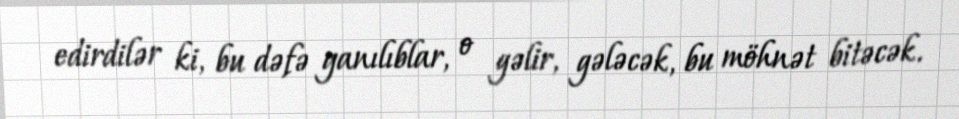
edirdilər ki, bu dəfə yanılıblar, o gəlir, gələcək, bu möhnət bitəcək.